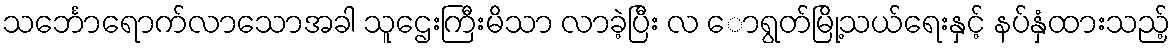
သင်္ဘောရောက်လာသောအခါ သူဌေးကြီးမိသာ လာခဲ့ပြီး လ ောရွတ်မြို့သယ်ရေးနှင့် နပ်နှံထားသည့်